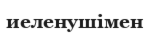
иеленушімен